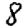
Digit: 8